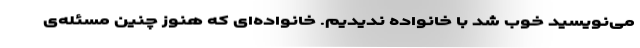
می‌نویسید خوب شد با خانواده ندیدیم. خانواده‌ای که هنوز چنین مسئله‌ی